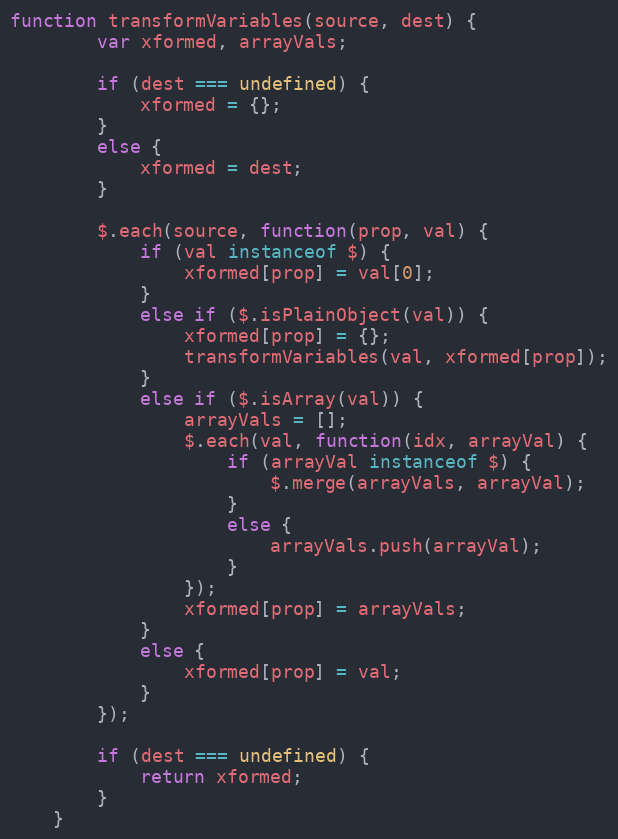
Language: JavaScript
function transformVariables(source, dest) {
        var xformed, arrayVals;

        if (dest === undefined) {
            xformed = {};
        }
        else {
            xformed = dest;
        }

        $.each(source, function(prop, val) {
            if (val instanceof $) {
                xformed[prop] = val[0];
            }
            else if ($.isPlainObject(val)) {
                xformed[prop] = {};
                transformVariables(val, xformed[prop]);
            }
            else if ($.isArray(val)) {
                arrayVals = [];
                $.each(val, function(idx, arrayVal) {
                    if (arrayVal instanceof $) {
                        $.merge(arrayVals, arrayVal);
                    }
                    else {
                        arrayVals.push(arrayVal);
                    }
                });
                xformed[prop] = arrayVals;
            }
            else {
                xformed[prop] = val;
            }
        });

        if (dest === undefined) {
            return xformed;
        }
    }